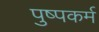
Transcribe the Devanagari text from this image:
पुष्पकर्म